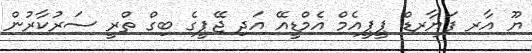
ޔޫ އާރ ފަޔާރޑް ޕީޕީއެމް އެމްޑީއޭ އަދި ޖޭޕީގެ ބިގް ތްރީ ސަރުކާރުން